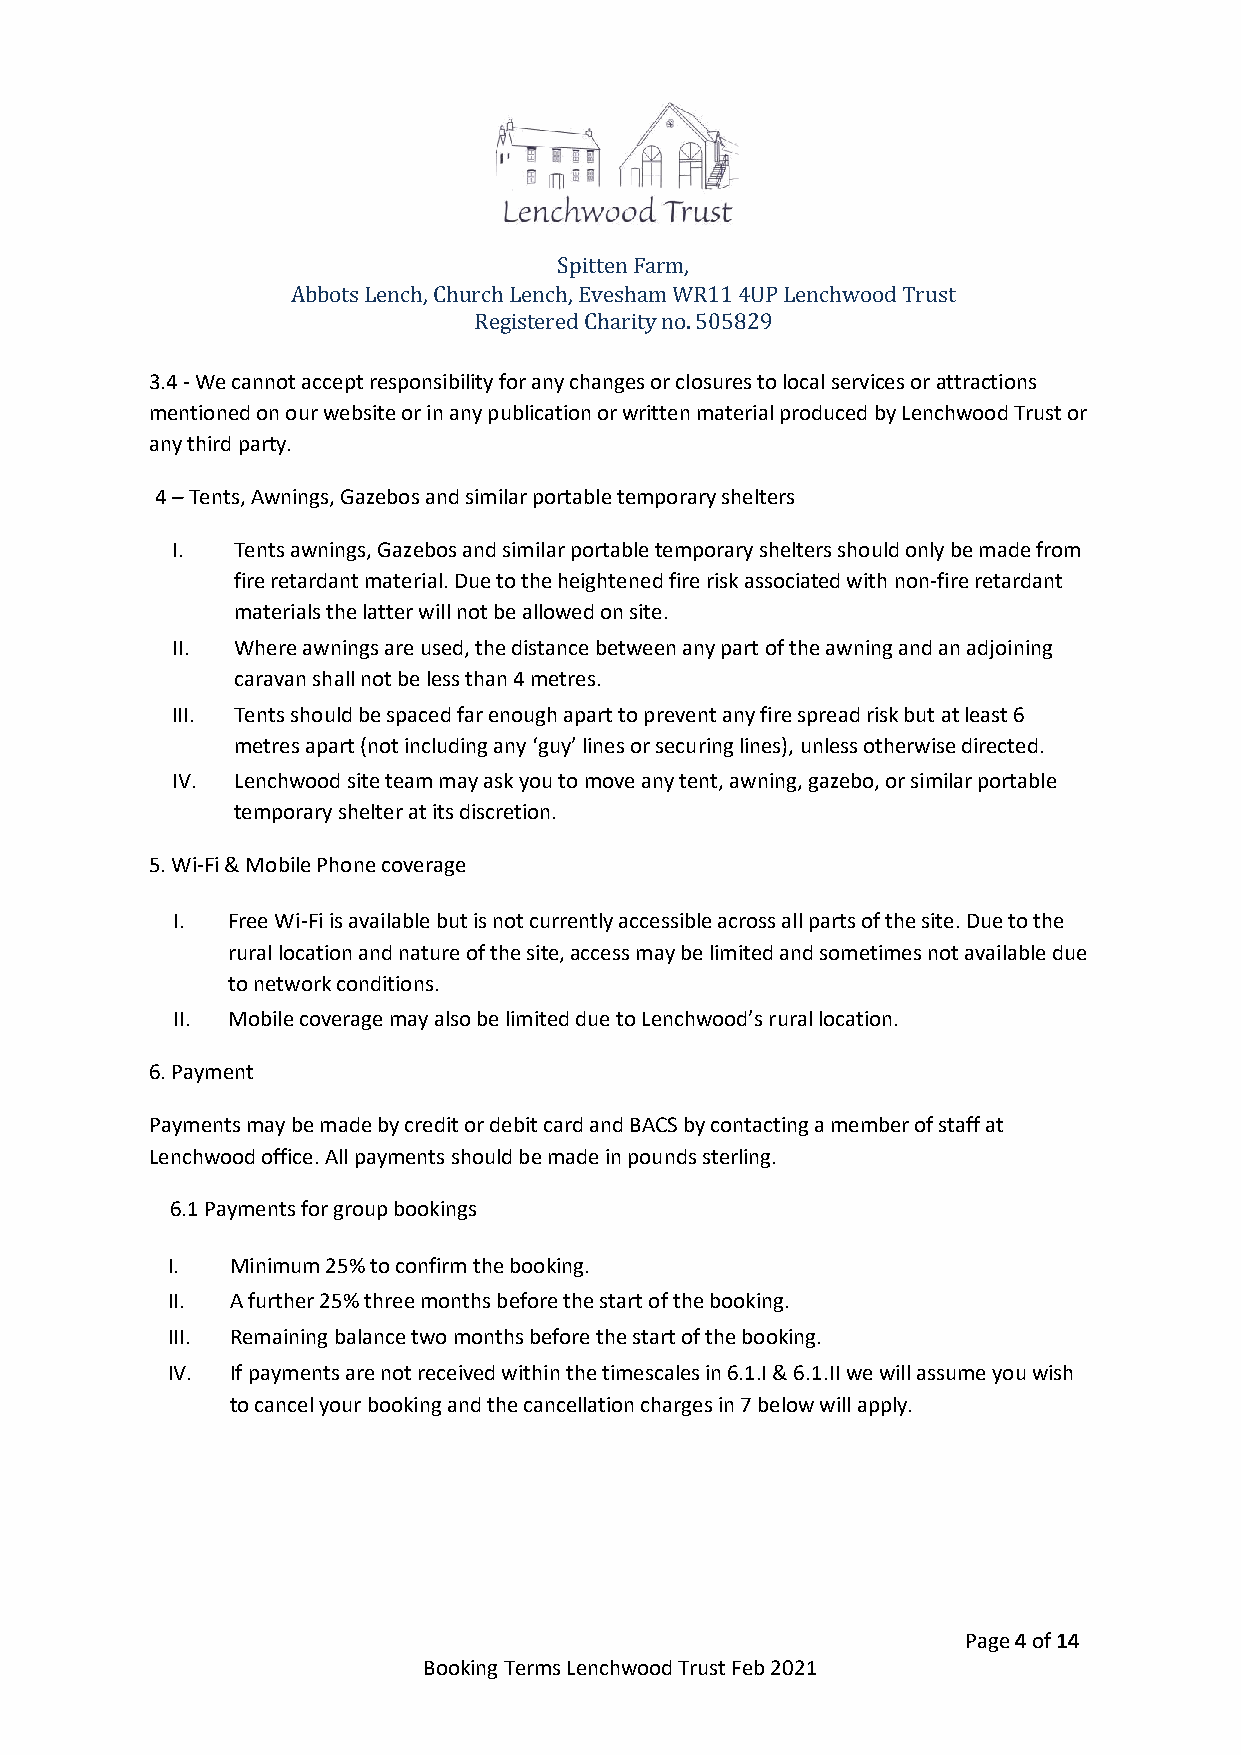
Spitten Farm,
 Abbots Lench, Church Lench, Evesham WR11 4UP Lenchwood Trust
 Registered Charity no. 505829
 3.4 - We cannot accept responsibility for any changes or closures to local services or attractions
 mentioned on our website or in any publication or written material produced by Lenchwood Trust or
 any third party.
 4 – Tents, Awnings, Gazebos and similar portable temporary shelters
 I.  Tents awnings, Gazebos and similar portable temporary shelters should only be made from
 fire retardant material. Due to the heightened fire risk associated with non-fire retardant
 materials the latter will not be allowed on site.
 II. Where awnings are used, the distance between any part of the awning and an adjoining
 caravan shall not be less than 4 metres.
 III. Tents should be spaced far enough apart to prevent any fire spread risk but at least 6
 metres apart (not including any ‘guy’ lines or securing lines), unless otherwise directed.
 IV. Lenchwood site team may ask you to move any tent, awning, gazebo, or similar portable
 temporary shelter at its discretion.
 5. Wi-Fi & Mobile Phone coverage
 I.  Free Wi-Fi is available but is not currently accessible across all parts of the site. Due to the
 rural location and nature of the site, access may be limited and sometimes not available due
 to network conditions.
 II. Mobile coverage may also be limited due to Lenchwood’s rural location.
 6. Payment
 Payments may be made by credit or debit card and BACS by contacting a member of staff at
 Lenchwood office. All payments should be made in pounds sterling.
 6.1 Payments for group bookings
 I.  Minimum 25% to confirm the booking.
 II. A further 25% three months before the start of the booking.
 III. Remaining balance two months before the start of the booking.
 IV. If payments are not received within the timescales in 6.1.I & 6.1.II we will assume you wish
 to cancel your booking and the cancellation charges in 7 below will apply.
 Page 4 of 14
 Booking Terms Lenchwood Trust Feb 2021